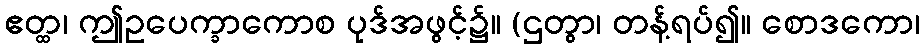
ဧတ္ထ၊ ဤဥပေက္ခာကောစ ပုဒ်အဖွင့်၌။ (ဌတွာ၊ တန့်ရပ်၍။ စောဒကော၊